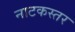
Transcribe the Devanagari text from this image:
नाटकस्तर